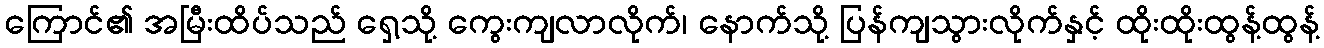
ကြောင်၏ အမြီးထိပ်သည် ရှေ့သို့ ကွေးကျလာလိုက်၊ နောက်သို့ ပြန်ကျသွားလိုက်နှင့် ထိုးထိုးထွန့်ထွန့်